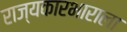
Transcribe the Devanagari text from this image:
राज्यकारभाराला